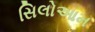
સિલોઆમ